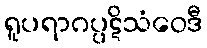
ရူပရာဂပ္ပဋိသံဝေဒီ